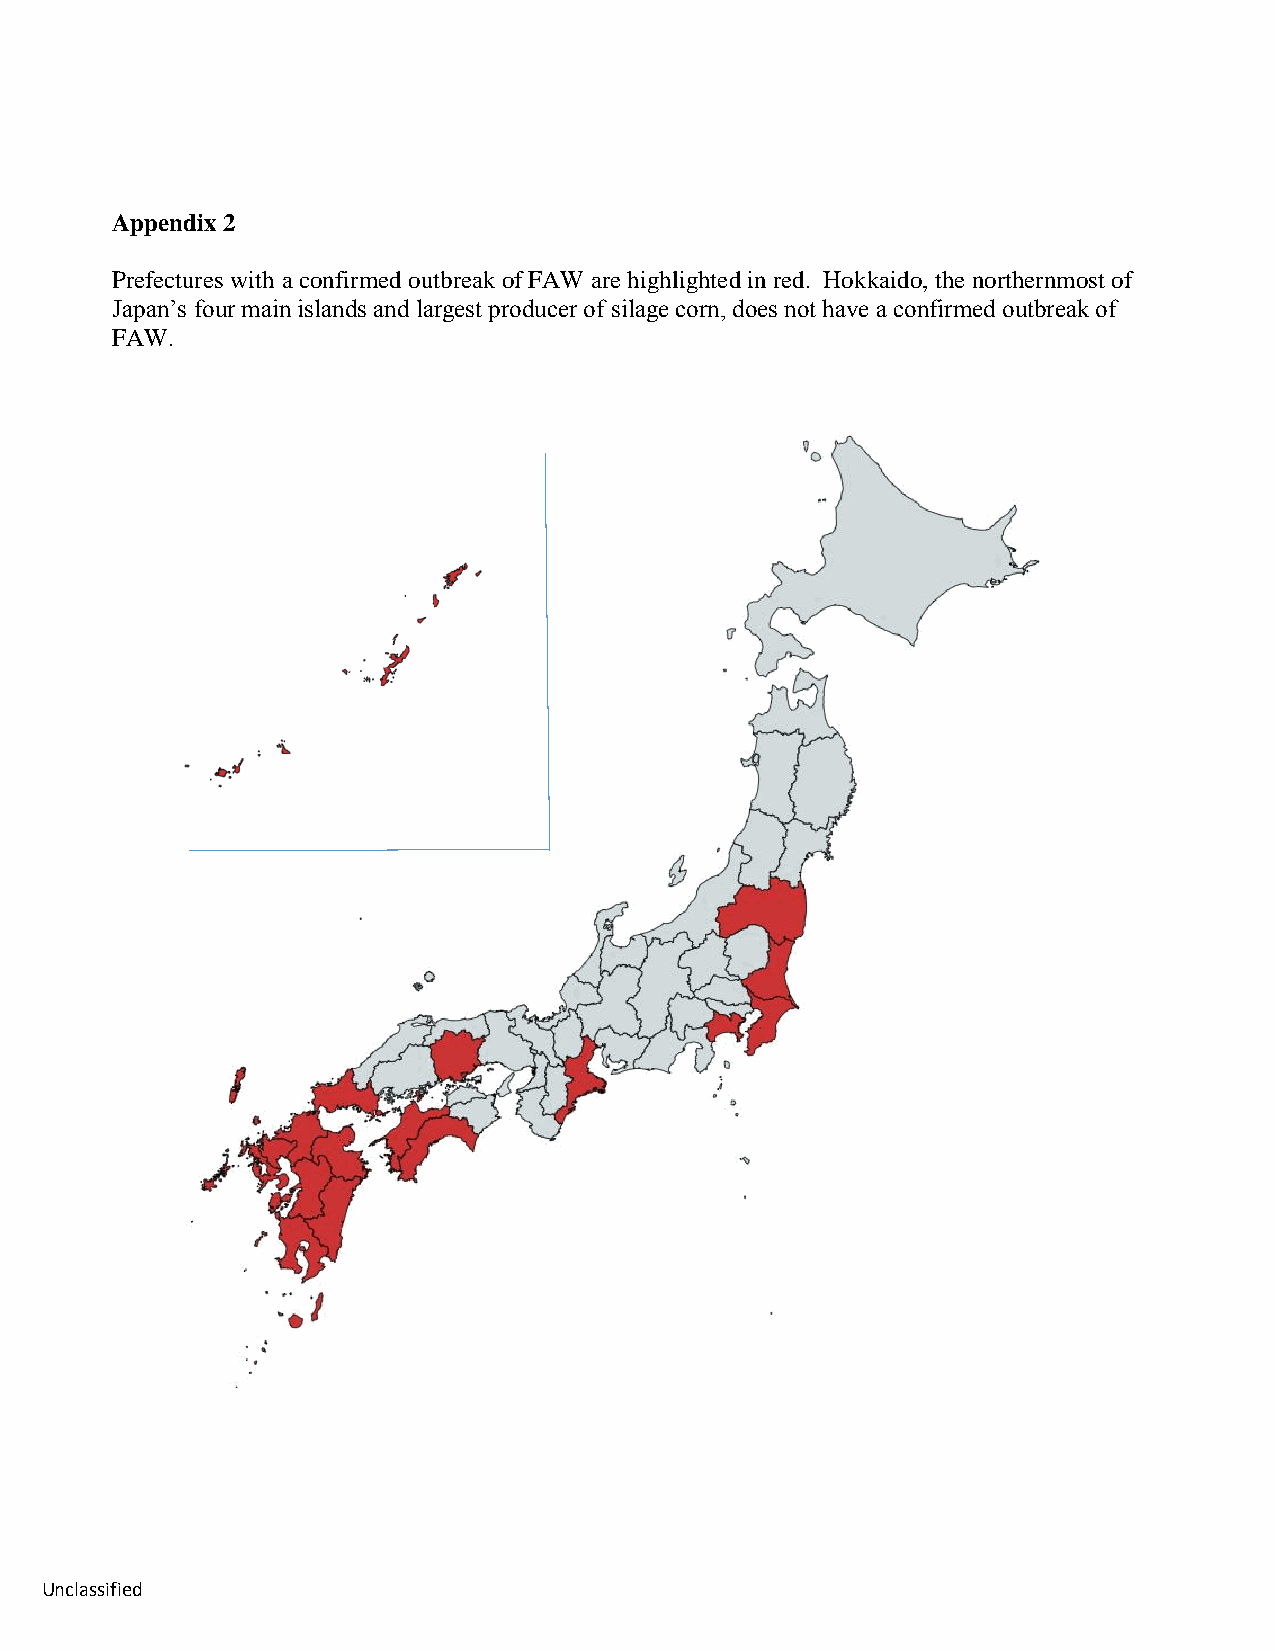
Appendix 2
 Prefectures with a confirmed outbreak of FAW are highlighted in red. Hokkaido, the northernmost of
 Japan’s four main islands and largest producer of silage corn, does not have a confirmed outbreak of
 FAW.
 Unclassified